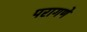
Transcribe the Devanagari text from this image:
परागणे